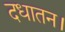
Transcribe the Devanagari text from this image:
दधातन।